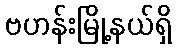
ဗဟန်းမြို့နယ်ရှိ